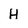
Character: H